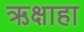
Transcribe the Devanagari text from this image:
ऋक्षाहा